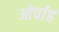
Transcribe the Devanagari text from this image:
ओर्पाह